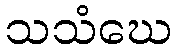
သသံဃေ